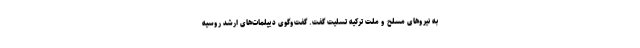
به نیروهای مسلح و ملت ترکیه تسلیت گفت. گفت‌وگوی دیپلمات‌های ارشد روسیه